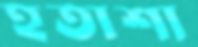
হতাশা